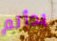
بدأتم